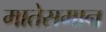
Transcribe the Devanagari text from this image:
मातेसमान